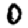
Digit: 0